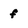
Character: f